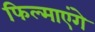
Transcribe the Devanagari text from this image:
फिल्माएंगे